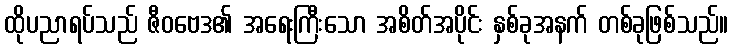
ထိုပညာရပ်သည် ဇီဝဗေဒ၏ အရေးကြီးသော အစိတ်အပိုင်း နှစ်ခုအနက် တစ်ခုဖြစ်သည်။